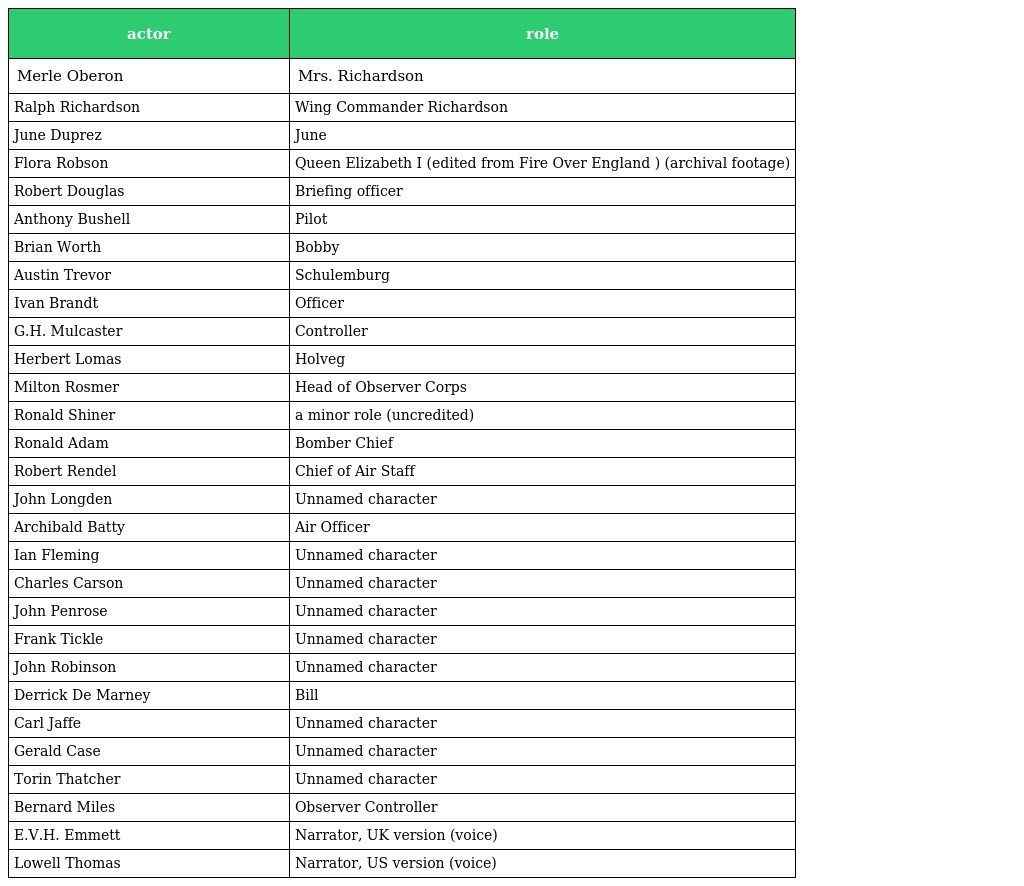
| actor | role |
 | --- | --- |
 | Merle Oberon | Mrs. Richardson |
 | Ralph Richardson | Wing Commander Richardson |
 | June Duprez | June |
 | Flora Robson | Queen Elizabeth I (edited from Fire Over England ) (archival footage) |
 | Robert Douglas | Briefing officer |
 | Anthony Bushell | Pilot |
 | Brian Worth | Bobby |
 | Austin Trevor | Schulemburg |
 | Ivan Brandt | Officer |
 | G.H. Mulcaster | Controller |
 | Herbert Lomas | Holveg |
 | Milton Rosmer | Head of Observer Corps |
 | Ronald Shiner | a minor role (uncredited) |
 | Ronald Adam | Bomber Chief |
 | Robert Rendel | Chief of Air Staff |
 | John Longden | Unnamed character |
 | Archibald Batty | Air Officer |
 | Ian Fleming | Unnamed character |
 | Charles Carson | Unnamed character |
 | John Penrose | Unnamed character |
 | Frank Tickle | Unnamed character |
 | John Robinson | Unnamed character |
 | Derrick De Marney | Bill |
 | Carl Jaffe | Unnamed character |
 | Gerald Case | Unnamed character |
 | Torin Thatcher | Unnamed character |
 | Bernard Miles | Observer Controller |
 | E.V.H. Emmett | Narrator, UK version (voice) |
 | Lowell Thomas | Narrator, US version (voice) |